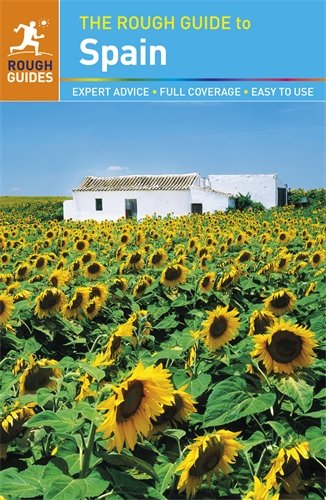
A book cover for The Rough Guide to Spain; Rough Guides; Travel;